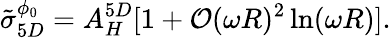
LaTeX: \tilde{\sigma}_{5D}^{\phi_{0}}=A_{H}^{5D}[1+{\cal O}(\omega R)^{2}\ln(\omega R)].